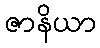
ဇာနိယာ